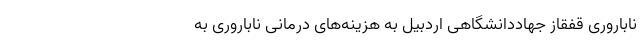
ناباروری قفقاز جهاددانشگاهی اردبیل به هزینه‌های درمانی ناباروری به